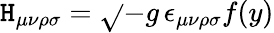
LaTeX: \mathtt{H}_{\mu\nu\rho\sigma}=\sqrt{}{{-g}}\, \epsilon_{\mu\nu\rho\sigma}f(y)